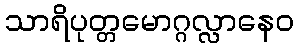
သာရိပုတ္တမောဂ္ဂလ္လာနေဝ